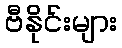
ဗီနိုင်းများ